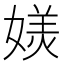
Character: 𭒏